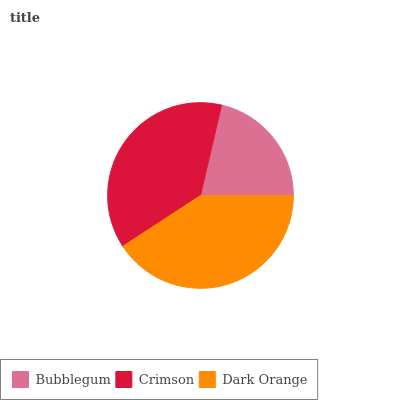
| Bubblegum | Crimson | Dark Orange |
 | --- | --- | --- |
 | 21.3% | 37.9% | 40.8% |